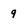
Character: 9